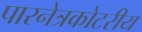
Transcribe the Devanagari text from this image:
पारनेत्रकोटरीय